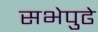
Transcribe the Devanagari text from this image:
सभेपुढे